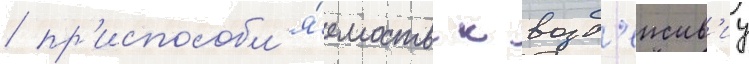
/ пр'испособл'я́емость к возд'еиств'иу